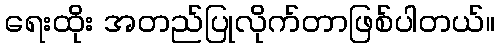
ရေးထိုး အတည်ပြုလိုက်တာဖြစ်ပါတယ်။